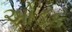
ઓડક